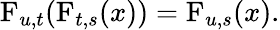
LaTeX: \operatorname{F}_{u,t}(\operatorname{F}_{t,s}(x))=\operatorname{F}_{u,s}(x).